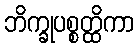
ဘိက္ခုပစ္စတ္ထိကာ